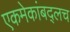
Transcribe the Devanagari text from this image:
एकमेकांबद्लच